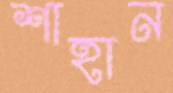
শাহান